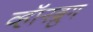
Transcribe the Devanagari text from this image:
व्हॉनब्रुग